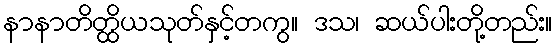
နာနာတိတ္ထိယသုတ်နှင့်တကွ။ ဒသ၊ ဆယ်ပါးတို့တည်း။